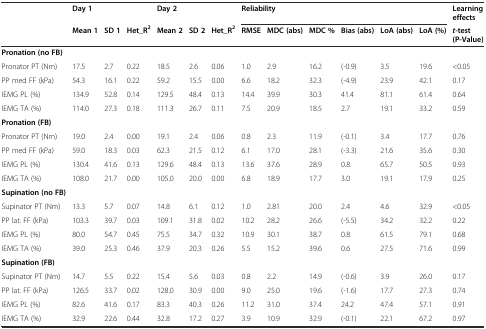
<table><thead><tr><td></td><td><b>Day 1</b></td><td></td><td></td><td><b>Day 2</b></td><td></td><td></td><td colspan="6"><b>Reliability</b></td><td><b>Learning effects</b></td></tr><tr><td></td><td><b>Mean 1</b></td><td><b>SD 1</b></td><td><b>Het_R<sup>2</sup></b></td><td><b>Mean 2</b></td><td><b>SD 2</b></td><td><b>Het_R<sup>2</sup></b></td><td><b>RMSE</b></td><td><b>MDC (abs)</b></td><td><b>MDC %</b></td><td><b>Bias (abs)</b></td><td><b>LoA (abs)</b></td><td><b>LoA (%)</b></td><td><b><i>t</i>-test (P-Value)</b></td></tr></thead><tbody><tr><td><b>Pronation (no FB)</b></td><td></td><td></td><td></td><td></td><td></td><td></td><td></td><td></td><td></td><td></td><td></td><td></td><td></td></tr><tr><td>Pronator PT (Nm)</td><td>17.5</td><td>2.7</td><td>0.22</td><td>18.5</td><td>2.6</td><td>0.06</td><td>1.0</td><td>2.9</td><td>16.2</td><td>(-0.9)</td><td>3.5</td><td>19.6</td><td>&lt;0.05</td></tr><tr><td>PP med FF (kPa)</td><td>54.3</td><td>16.1</td><td>0.22</td><td>59.2</td><td>15.5</td><td>0.00</td><td>6.6</td><td>18.2</td><td>32.3</td><td>(-4.9)</td><td>23.9</td><td>42.1</td><td>0.17</td></tr><tr><td>IEMG PL (%)</td><td>134.9</td><td>52.8</td><td>0.14</td><td>129.5</td><td>48.4</td><td>0.13</td><td>14.4</td><td>39.9</td><td>30.3</td><td>41.4</td><td>81.1</td><td>61.4</td><td>0.64</td></tr><tr><td>IEMG TA (%)</td><td>114.0</td><td>27.3</td><td>0.18</td><td>111.3</td><td>26.7</td><td>0.11</td><td>7.5</td><td>20.9</td><td>18.5</td><td>2.7</td><td>19.1</td><td>33.2</td><td>0.59</td></tr><tr><td><b>Pronation (FB)</b></td><td></td><td></td><td></td><td></td><td></td><td></td><td></td><td></td><td></td><td></td><td></td><td></td><td></td></tr><tr><td>Pronator PT (Nm)</td><td>19.0</td><td>2.4</td><td>0.00</td><td>19.1</td><td>2.4</td><td>0.06</td><td>0.8</td><td>2.3</td><td>11.9</td><td>(-0.1)</td><td>3.4</td><td>17.7</td><td>0.76</td></tr><tr><td>PP med FF (kPa)</td><td>59.0</td><td>18.3</td><td>0.03</td><td>62.3</td><td>21.5</td><td>0.12</td><td>6.1</td><td>17.0</td><td>28.1</td><td>(-3.3)</td><td>21.6</td><td>35.6</td><td>0.30</td></tr><tr><td>IEMG PL (%)</td><td>130.4</td><td>41.6</td><td>0.13</td><td>129.6</td><td>48.4</td><td>0.13</td><td>13.6</td><td>37.6</td><td>28.9</td><td>0.8</td><td>65.7</td><td>50.5</td><td>0.93</td></tr><tr><td>IEMG TA (%)</td><td>108.0</td><td>21.7</td><td>0.00</td><td>105.0</td><td>20.0</td><td>0.00</td><td>6.8</td><td>18.9</td><td>17.7</td><td>3.0</td><td>19.1</td><td>17.9</td><td>0.25</td></tr><tr><td><b>Supination (no FB)</b></td><td></td><td></td><td></td><td></td><td></td><td></td><td></td><td></td><td></td><td></td><td></td><td></td><td></td></tr><tr><td>Supinator PT (Nm)</td><td>13.3</td><td>5.7</td><td>0.07</td><td>14.8</td><td>6.1</td><td>0.12</td><td>1.0</td><td>2.81</td><td>20.0</td><td>2.4</td><td>4.6</td><td>32.9</td><td>&lt;0.05</td></tr><tr><td>PP lat. FF (kPa)</td><td>103.3</td><td>39.7</td><td>0.03</td><td>109.1</td><td>31.8</td><td>0.02</td><td>10.2</td><td>28.2</td><td>26.6</td><td>(-5.5)</td><td>34.2</td><td>32.2</td><td>0.22</td></tr><tr><td>IEMG PL (%)</td><td>80.0</td><td>54.7</td><td>0.45</td><td>75.5</td><td>34.7</td><td>0.32</td><td>10.9</td><td>30.1</td><td>38.7</td><td>0.8</td><td>61.5</td><td>79.1</td><td>0.68</td></tr><tr><td>IEMG TA (%)</td><td>39.0</td><td>25.3</td><td>0.46</td><td>37.9</td><td>20.3</td><td>0.26</td><td>5.5</td><td>15.2</td><td>39.6</td><td>0.6</td><td>27.5</td><td>71.6</td><td>0.99</td></tr><tr><td><b>Supination (FB)</b></td><td></td><td></td><td></td><td></td><td></td><td></td><td></td><td></td><td></td><td></td><td></td><td></td><td></td></tr><tr><td>Supinator PT (Nm)</td><td>14.7</td><td>5.5</td><td>0.22</td><td>15.4</td><td>5.6</td><td>0.03</td><td>0.8</td><td>2.2</td><td>14.9</td><td>(-0.6)</td><td>3.9</td><td>26.0</td><td>0.17</td></tr><tr><td>PP lat. FF (kPa)</td><td>126.5</td><td>33.7</td><td>0.02</td><td>128.0</td><td>30.9</td><td>0.00</td><td>9.0</td><td>25.0</td><td>19.6</td><td>(-1.6)</td><td>17.7</td><td>27.3</td><td>0.74</td></tr><tr><td>IEMG PL (%)</td><td>82.6</td><td>41.6</td><td>0.17</td><td>83.3</td><td>40.3</td><td>0.26</td><td>11.2</td><td>31.0</td><td>37.4</td><td>24.2</td><td>47.4</td><td>57.1</td><td>0.91</td></tr><tr><td>IEMG TA (%)</td><td>32.9</td><td>22.6</td><td>0.44</td><td>32.8</td><td>17.2</td><td>0.27</td><td>3.9</td><td>10.9</td><td>32.9</td><td>(-0.1)</td><td>22.1</td><td>67.2</td><td>0.97</td></tr></tbody></table>